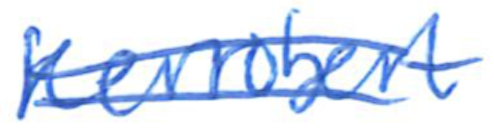
Text: Kerrobert
Cross-out: double-line
Writing tool: ballpoint